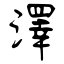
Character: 澤